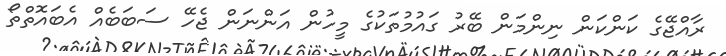
ރާއްޖޭގެ ކަންކަން ނިންމަން ބޭރު ގައުމުތަކުގެ މީހުން އަންނަން ޖެހޭ ސަބަބެއް އެބައޮތްތޯ